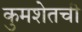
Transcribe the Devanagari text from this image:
कुमशेतची